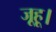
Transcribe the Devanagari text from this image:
जूहू।